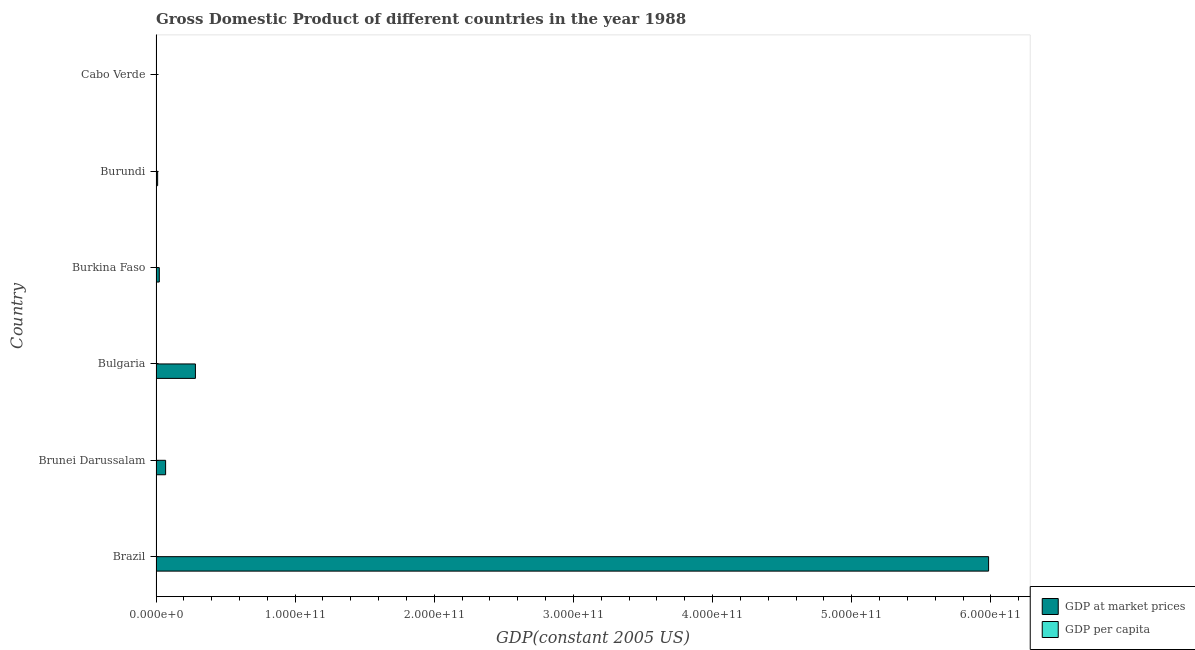
| Country | GDP at market prices | GDP per capita |
 | --- | --- | --- |
 | Brazil | 5.98e+11 | 4.12e+03 |
 | Brunei Darussalam | 6.89e+09 | 2.84e+04 |
 | Bulgaria | 2.83e+10 | 3.15e+03 |
 | Burkina Faso | 2.35e+09 | 282 |
 | Burundi | 1.17e+09 | 221 |
 | Cabo Verde | 2.35e+08 | 714 |